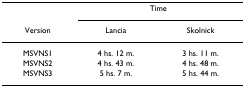
|  | <COLSPAN=2> Time |
 | Version | Lancia | Skolnick |
 | --- | --- | --- |
 | MSVNS1 | 4 hs. 12 m. | 3 hs. 11 m. |
 | MSVNS2 | 4 hs. 43 m. | 4 hs. 48 m. |
 | MSVNS3 | 5 hs. 7 m. | 5 hs. 44 m. |